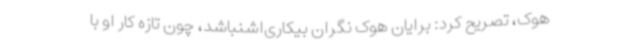
هوک، تصریح کرد: برایان هوک نگران بیکاری‌اشنباشد، چون تازه کار او با